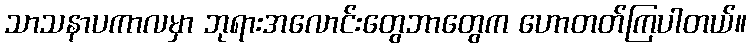
သာသနာပကာလမှာ ဘုရားအလောင်းတွေဘာတွေက ဟောတတ်ကြပါတယ်။